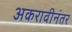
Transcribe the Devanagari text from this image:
अकरावीनंतर